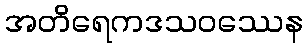
အတိရေကဒသဝဿေန